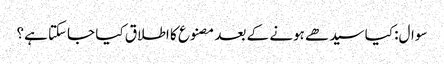
سوال: کیا سیدھے ہونے کے بعد مصنوع کا اطلاق کیا جاسکتا ہے؟